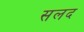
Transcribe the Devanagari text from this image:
सलद